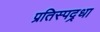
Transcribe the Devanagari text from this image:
प्रतिस्पद्र्धा